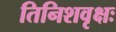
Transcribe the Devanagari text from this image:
तिनिशवृक्षः